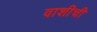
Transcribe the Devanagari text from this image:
वाशीची